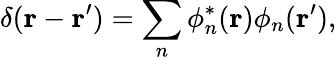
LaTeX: \delta(\mathbf{r}-\mathbf{r}^{\prime})=\sum_{n}\phi_{n}^{*}(\mathbf{r})\phi_{n}(\mathbf{r}^{\prime}),